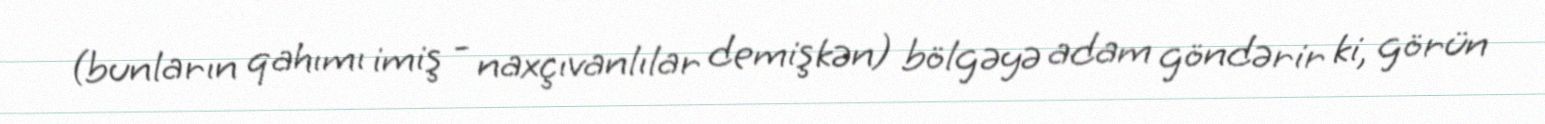
(bunların qahımı imiş - naxçıvanlılar demişkən) bölgəyə adam göndərir ki, görün